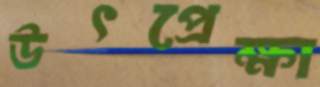
উৎপ্রেক্ষা